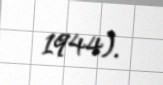
1944).